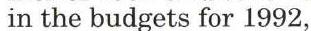
in the budgets for 1992,